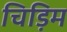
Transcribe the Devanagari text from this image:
चिड़िम